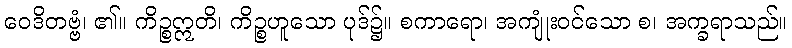
ဝေဒိတဗ္ဗံ၊ ၏။ ကိဉ္စဣတိ၊ ကိဉ္စဟူသော ပုဒ်၌။ စကာရော၊ အကျုံးဝင်သော စ၊ အက္ခရာသည်။